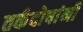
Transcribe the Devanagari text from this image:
तर्कदोषांनी